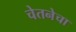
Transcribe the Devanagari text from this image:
चेतनेचा